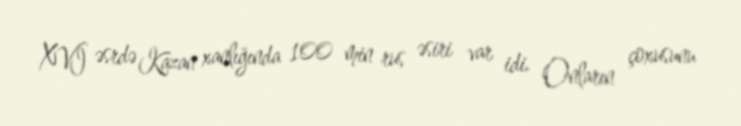
XVI əsrdə Kazan xanlığında 100 min rus əsiri var idi. Onların çoxusunu